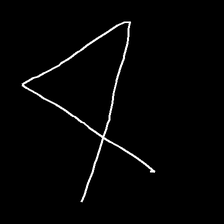
Glyph: collection